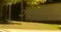
ઝામરાણ